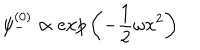
\psi _ { - } ^ { ( 0 ) } \propto e x p \left( - \frac { 1 } { 2 } \omega x ^ { 2 } \right)